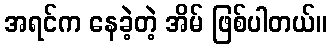
အရင်က နေခဲ့တဲ့ အိမ် ဖြစ်ပါတယ်။